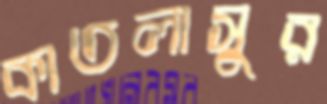
কাতলাসুর